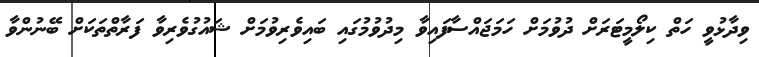
ވިދާޅުވީ ހަތް ކިލޯމީޓަރަށް ދުވުމަށް ހަމަޖައްސާފައިވާ މިދުވުމުގައި ބައިވެރިވުމަށް ޝައުގުވެރިވާ ފަރާތްތަކަށް ބޭނުންވާ